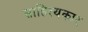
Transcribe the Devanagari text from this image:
साहित्‍यकार